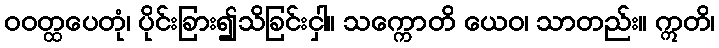
ဝဝတ္ထပေတုံ၊ ပိုင်းခြား၍သိခြင်းငှါ။ သက္ကောတိ ယေဝ၊ သာတည်း။ ဣတိ၊